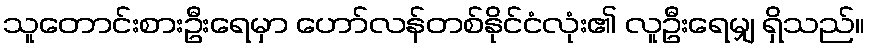
သူတောင်းစားဦးရေမှာ ဟော်လန်တစ်နိုင်ငံလုံး၏ လူဦးရေမျှ ရှိသည်။